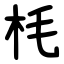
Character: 枆